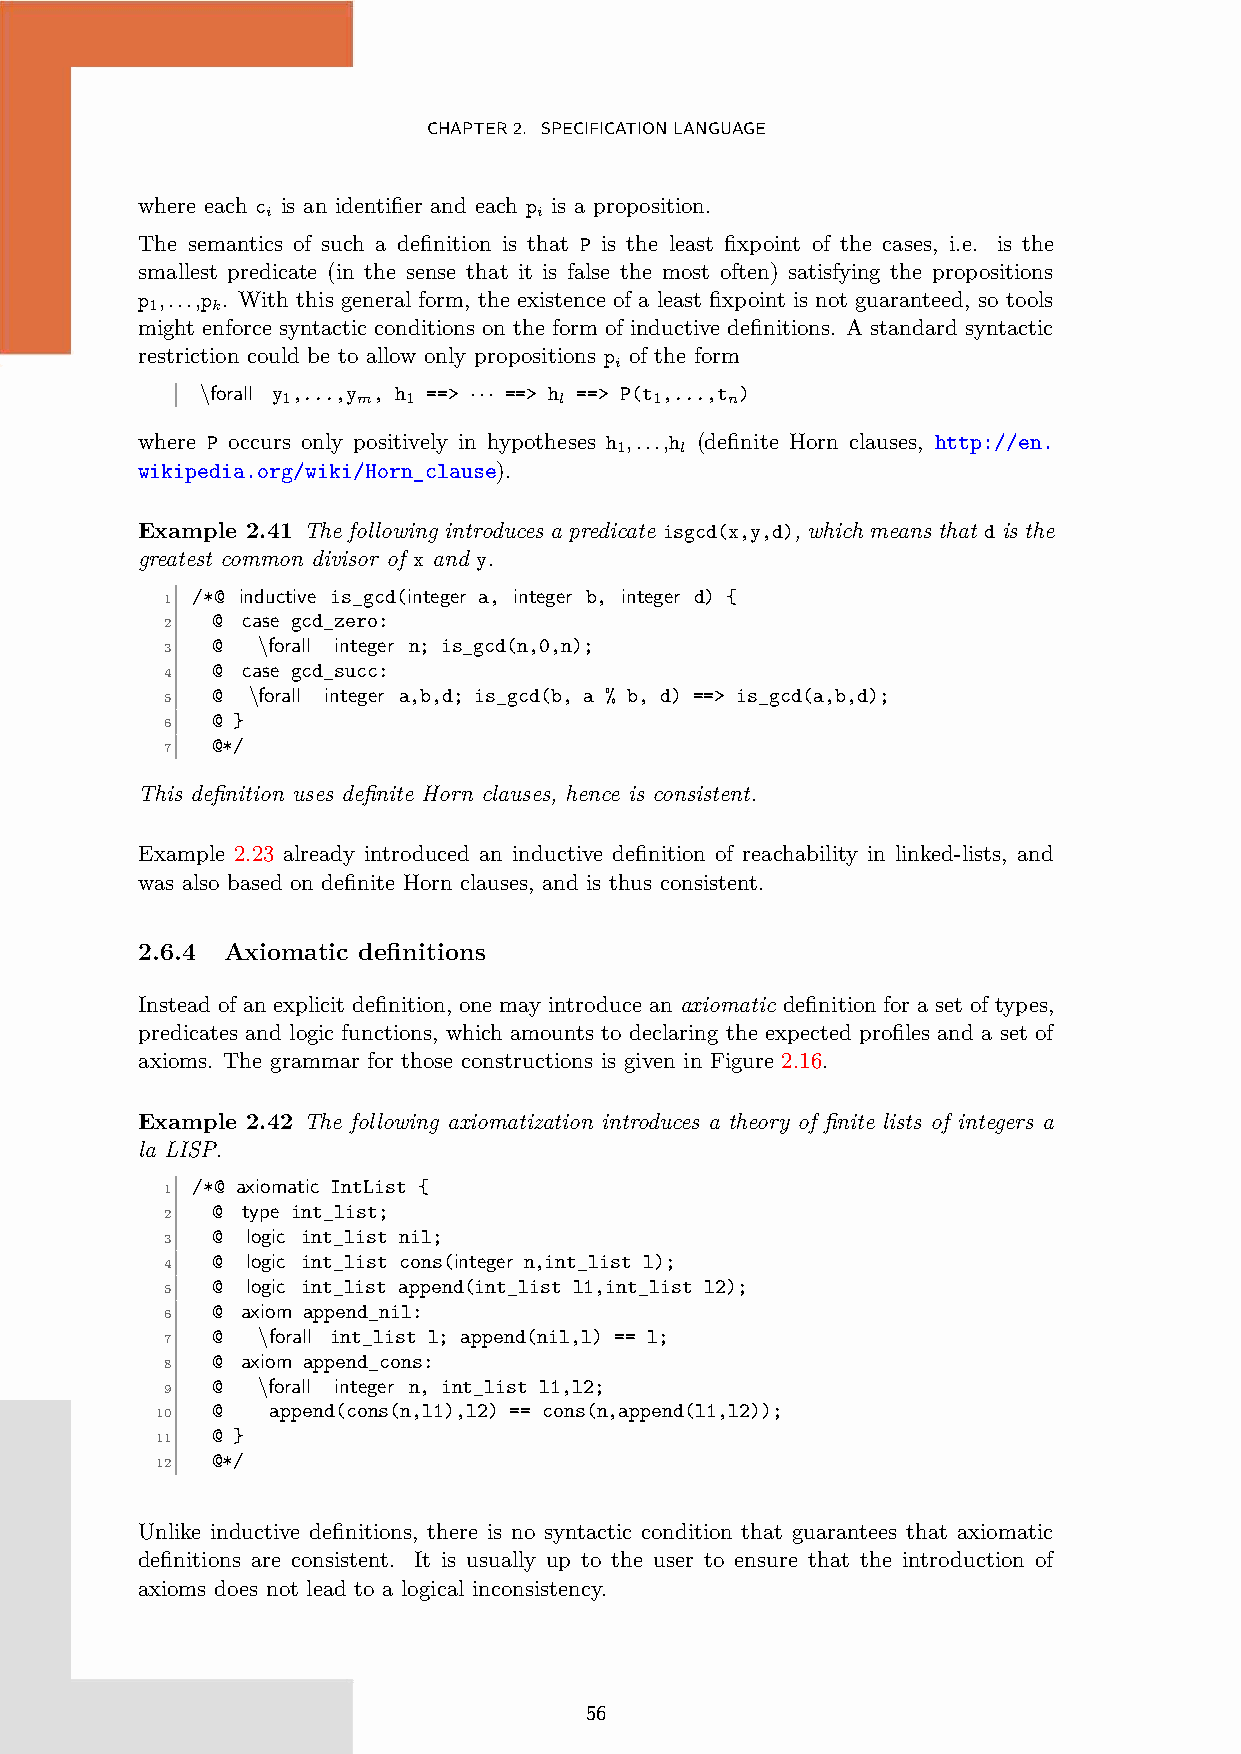
CHAPTER2. SPECIFICATIONLANGUAGE
 where each c is an identifier and each p is a proposition.
 i                 i
 The semantics of such a definition is that P is the least fixpoint of the cases, i.e. is the
 smallest predicate (in the sense that it is false the most often) satisfying the propositions
 p ,...,p . With this general form, the existence of a least fixpoint is not guaranteed, so tools
 1   k
 might enforce syntactic conditions on the form of inductive definitions. A standard syntactic
 restriction could be to allow only propositions p of the form
 i
 \forall y ,...,y , h ==> ··· ==> h ==> P(t ,...,t )
 1    m  1         l     1    n
 where P occurs only positively in hypotheses h ,...,h (definite Horn clauses, http://en.
 1   l
 wikipedia.org/wiki/Horn_clause).
 Example 2.41 The following introduces a predicate isgcd(x,y,d), which means that d is the
 greatest common divisor of x and y.
 /*@ inductive is_gcd(integer a, integer b, integer d) {
 1
 @ case gcd_zero:
 2
 @  \forall integer n; is_gcd(n,0,n);
 3
 @ case gcd_succ:
 4
 @ \forall integer a,b,d; is_gcd(b, a % b, d) ==> is_gcd(a,b,d);
 5
 @ }
 6
 @*/
 7
 This definition uses definite Horn clauses, hence is consistent.
 Example 2.23 already introduced an inductive definition of reachability in linked-lists, and
 was also based on definite Horn clauses, and is thus consistent.
 2.6.4 Axiomatic definitions
 Instead of an explicit definition, one may introduce an axiomatic definition for a set of types,
 predicates and logic functions, which amounts to declaring the expected profiles and a set of
 axioms. The grammar for those constructions is given in Figure 2.16.
 Example 2.42 The following axiomatization introduces a theory of finite lists of integers a
 la LISP.
 /*@ axiomatic IntList {
 1
 @ type int_list;
 2
 @ logic int_list nil;
 3
 @ logic int_list cons(integer n,int_list l);
 4
 @ logic int_list append(int_list l1,int_list l2);
 5
 @ axiom append_nil:
 6
 @  \forall int_list l; append(nil,l) == l;
 7
 @ axiom append_cons:
 8
 @  \forall integer n, int_list l1,l2;
 9
 @   append(cons(n,l1),l2) == cons(n,append(l1,l2));
 10
 @ }
 11
 @*/
 12
 Unlike inductive definitions, there is no syntactic condition that guarantees that axiomatic
 definitions are consistent. It is usually up to the user to ensure that the introduction of
 axioms does not lead to a logical inconsistency.
 56